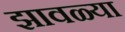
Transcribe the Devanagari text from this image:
झावळ्या